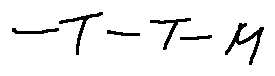
- T - T - M